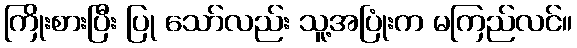
ကြိုးစားပြီး ပြု သော်လည်း သူ့အပြုံးက မကြည်လင်။